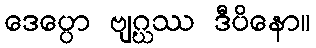
ဒေပ္ပော ဗျဂ္ဃဿ ဒီပိနော။